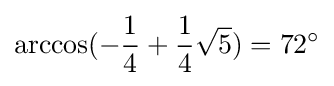
\arccos(-{\frac {1}{4}}+{\frac {1}{4}}{\sqrt {5}})=72^{\circ }